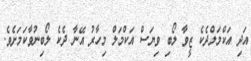
އަދި އަކްމަލްދެކެ ޒީވާ ލޯބި ވިޔަސް އަކްމަލް މިހާރު އޭނާ ދެކެ ލޯބިނުވާކަމަށެވެ.